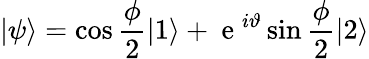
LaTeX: \vert\psi\rangle=\cos\frac{\phi}{2}\vert 1\rangle+\mathrm{~e~}^{i\vartheta}\sin\frac{\phi}{2}\vert 2\rangle